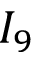
I _ { 9 }